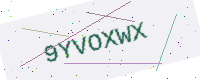
Text: 9YVOXWX